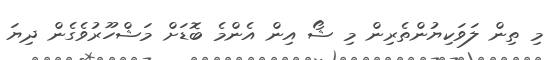
މި ތިން ލަވަކިޔުންތެރިން މި ޝޯ އިން އެންމެ ބޮޑަށް މަޝްހޫރުވެގެން ދިޔަ